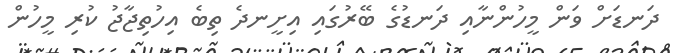
ދަނޑަށް ވަން މީހުންނާއި ދަނޑުގެ ބޭރުގައި އިށީނދެ ތިބެ އިހުތިޖާޖު ކުރި މީހުން